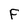
Character: F